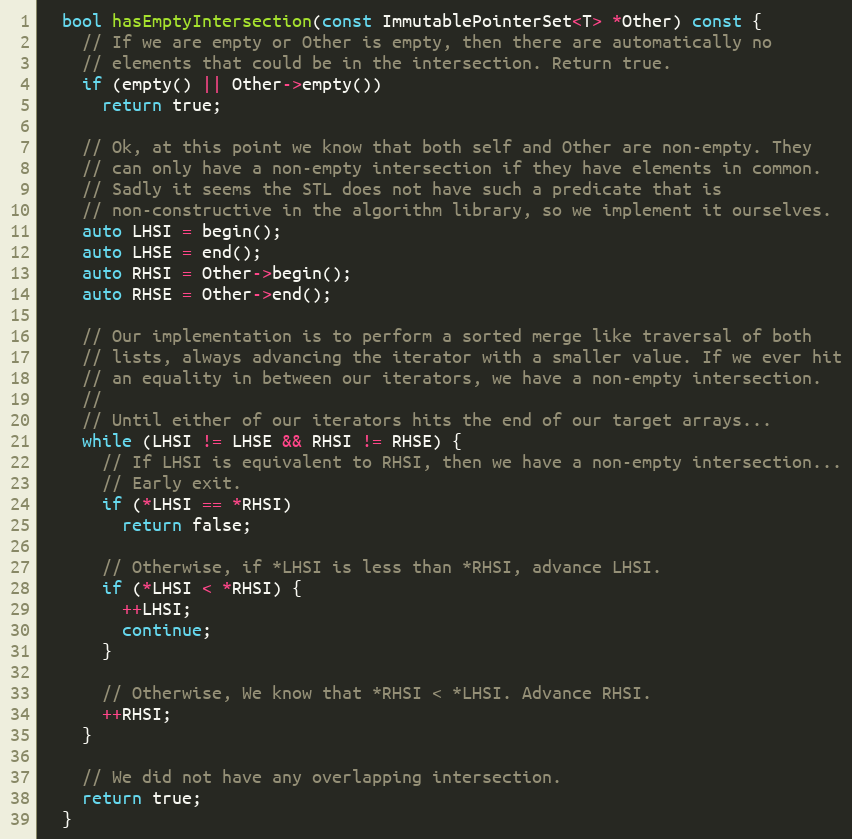
Language: C
  bool hasEmptyIntersection(const ImmutablePointerSet<T> *Other) const {
    // If we are empty or Other is empty, then there are automatically no
    // elements that could be in the intersection. Return true.
    if (empty() || Other->empty())
      return true;

    // Ok, at this point we know that both self and Other are non-empty. They
    // can only have a non-empty intersection if they have elements in common.
    // Sadly it seems the STL does not have such a predicate that is
    // non-constructive in the algorithm library, so we implement it ourselves.
    auto LHSI = begin();
    auto LHSE = end();
    auto RHSI = Other->begin();
    auto RHSE = Other->end();

    // Our implementation is to perform a sorted merge like traversal of both
    // lists, always advancing the iterator with a smaller value. If we ever hit
    // an equality in between our iterators, we have a non-empty intersection.
    //
    // Until either of our iterators hits the end of our target arrays...
    while (LHSI != LHSE && RHSI != RHSE) {
      // If LHSI is equivalent to RHSI, then we have a non-empty intersection...
      // Early exit.
      if (*LHSI == *RHSI)
        return false;

      // Otherwise, if *LHSI is less than *RHSI, advance LHSI.
      if (*LHSI < *RHSI) {
        ++LHSI;
        continue;
      }

      // Otherwise, We know that *RHSI < *LHSI. Advance RHSI.
      ++RHSI;
    }

    // We did not have any overlapping intersection.
    return true;
  }